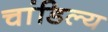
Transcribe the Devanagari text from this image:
चांडिल्य